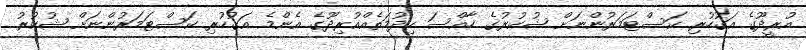
އުރީދޫގެ އަގުހުރި ކަސްޓަމަރުންނަށް ޝުކުރުގެ ހާއްސަ ހިދުމަތެއްއުރިދޫގެ އެންމެ އަގުހުރި ކަސްޓަމަރުންނަށް ޝުކުރު